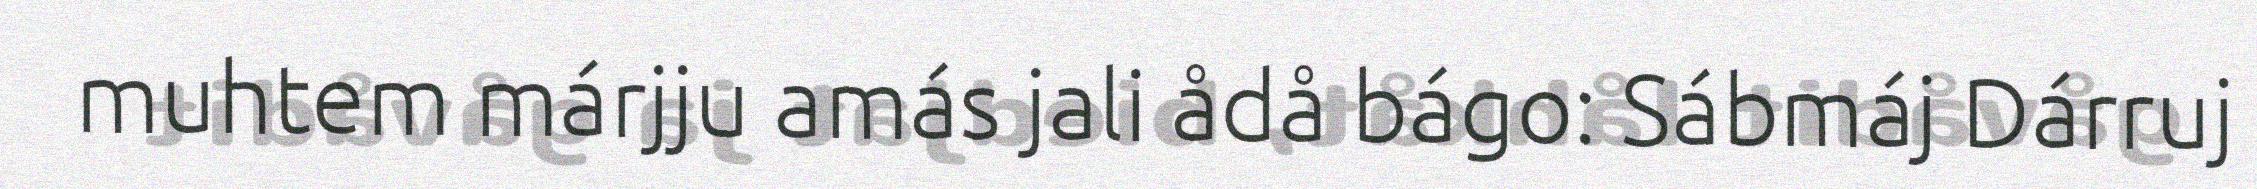
muhtem márjju amás jali ådå bágo: Sábmáj Dárruj